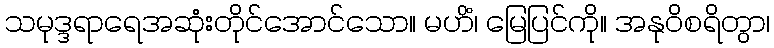
သမုဒ္ဒရာရေအဆုံးတိုင်အောင်သော။ မဟိံ၊ မြေပြင်ကို။ အနုဝိစရိတွာ၊